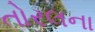
તોરલના